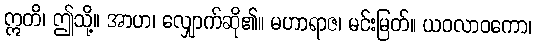
ဣတိ၊ ဤသို့။ အာဟ၊ လျှောက်ဆို၏။ မဟာရာဇ၊ မင်းမြတ်။ ယဝလာဝကော၊